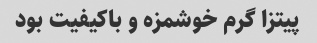
پیتزا گرم خوشمزه و باکیفیت بود